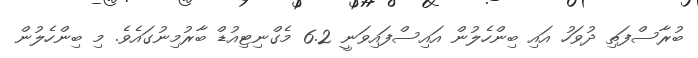
ބުރާސްފަތި ދުވަހު އައި ބިންހެލުން އައިސްފައިވަނީ 6.2 މެގްނިޓިއުޑް ބާރުމިނުގައެވެ. މި ބިންހެލުން